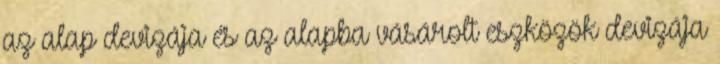
az alap devizája és az alapba vásárolt eszközök devizája